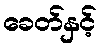
ခေတ်နှင့်